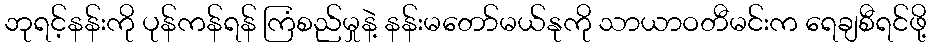
ဘုရင့်နန်းကို ပုန်ကန်ရန် ကြံစည်မှုနဲ့ နန်းမတော်မယ်နုကို သာယာဝတီမင်းက ရေချစီရင်ဖို့